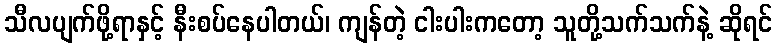
သီလပျက်ဖို့ရာနှင့် နီးစပ်နေပါတယ်၊ ကျန်တဲ့ ငါးပါးကတော့ သူတို့သက်သက်နဲ့ ဆိုရင်